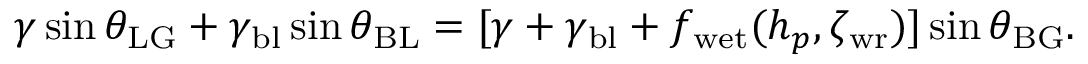
\gamma \sin \theta _ { \mathrm { L G } } + \gamma _ { \mathrm { b l } } \sin \theta _ { \mathrm { B L } } = [ \gamma + \gamma _ { \mathrm { b l } } + f _ { \mathrm { w e t } } ( h _ { p } , \zeta _ { \mathrm { w r } } ) ] \sin \theta _ { \mathrm { B G } } .